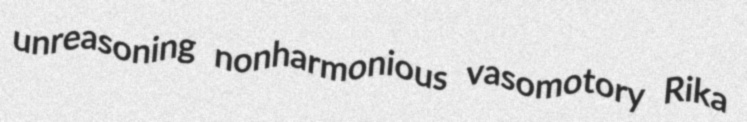
unreasoning nonharmonious vasomotory Rika